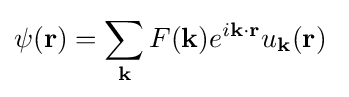
\psi (\mathbf {r} )=\sum _{\mathbf {k} }F(\mathbf {k} )e^{i\mathbf {k\cdot r} }u_{\mathbf {k} }(\mathbf {r} )\